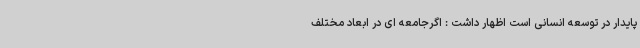
پایدار در توسعه انسانی است اظهار داشت : اگرجامعه ای در ابعاد مختلف